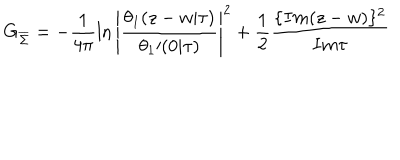
G _ { \overline { { \Sigma } } } = - \frac { 1 } { 4 \pi } \ln \left| \frac { \theta _ { 1 } ( z - w | \tau ) } { { \theta _ { 1 } } \prime ( 0 | \tau ) } \right| ^ { 2 } + \frac { 1 } { 2 } \frac { \{ I m ( z - w ) \} ^ { 2 } } { I m \tau }